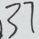
3 7